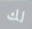
لك